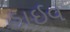
હાઈવ